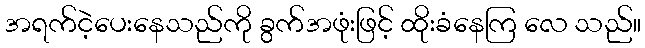
အရက်ငဲ့ပေးနေသည်ကို ခွက်အဖုံးဖြင့် ထိုးခံနေကြ လေ သည်။